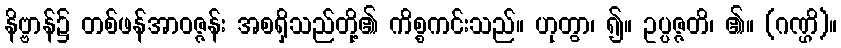
နိဗ္ဗာန်၌ တစ်ဖန်အာဝဇ္ဇန်း အစရှိသည်တို့၏ ကိစ္စကင်းသည်။ ဟုတွာ၊ ၍။ ဥပ္ပဇ္ဇတိ၊ ၏။ (ဂဏ္ဌိ)။